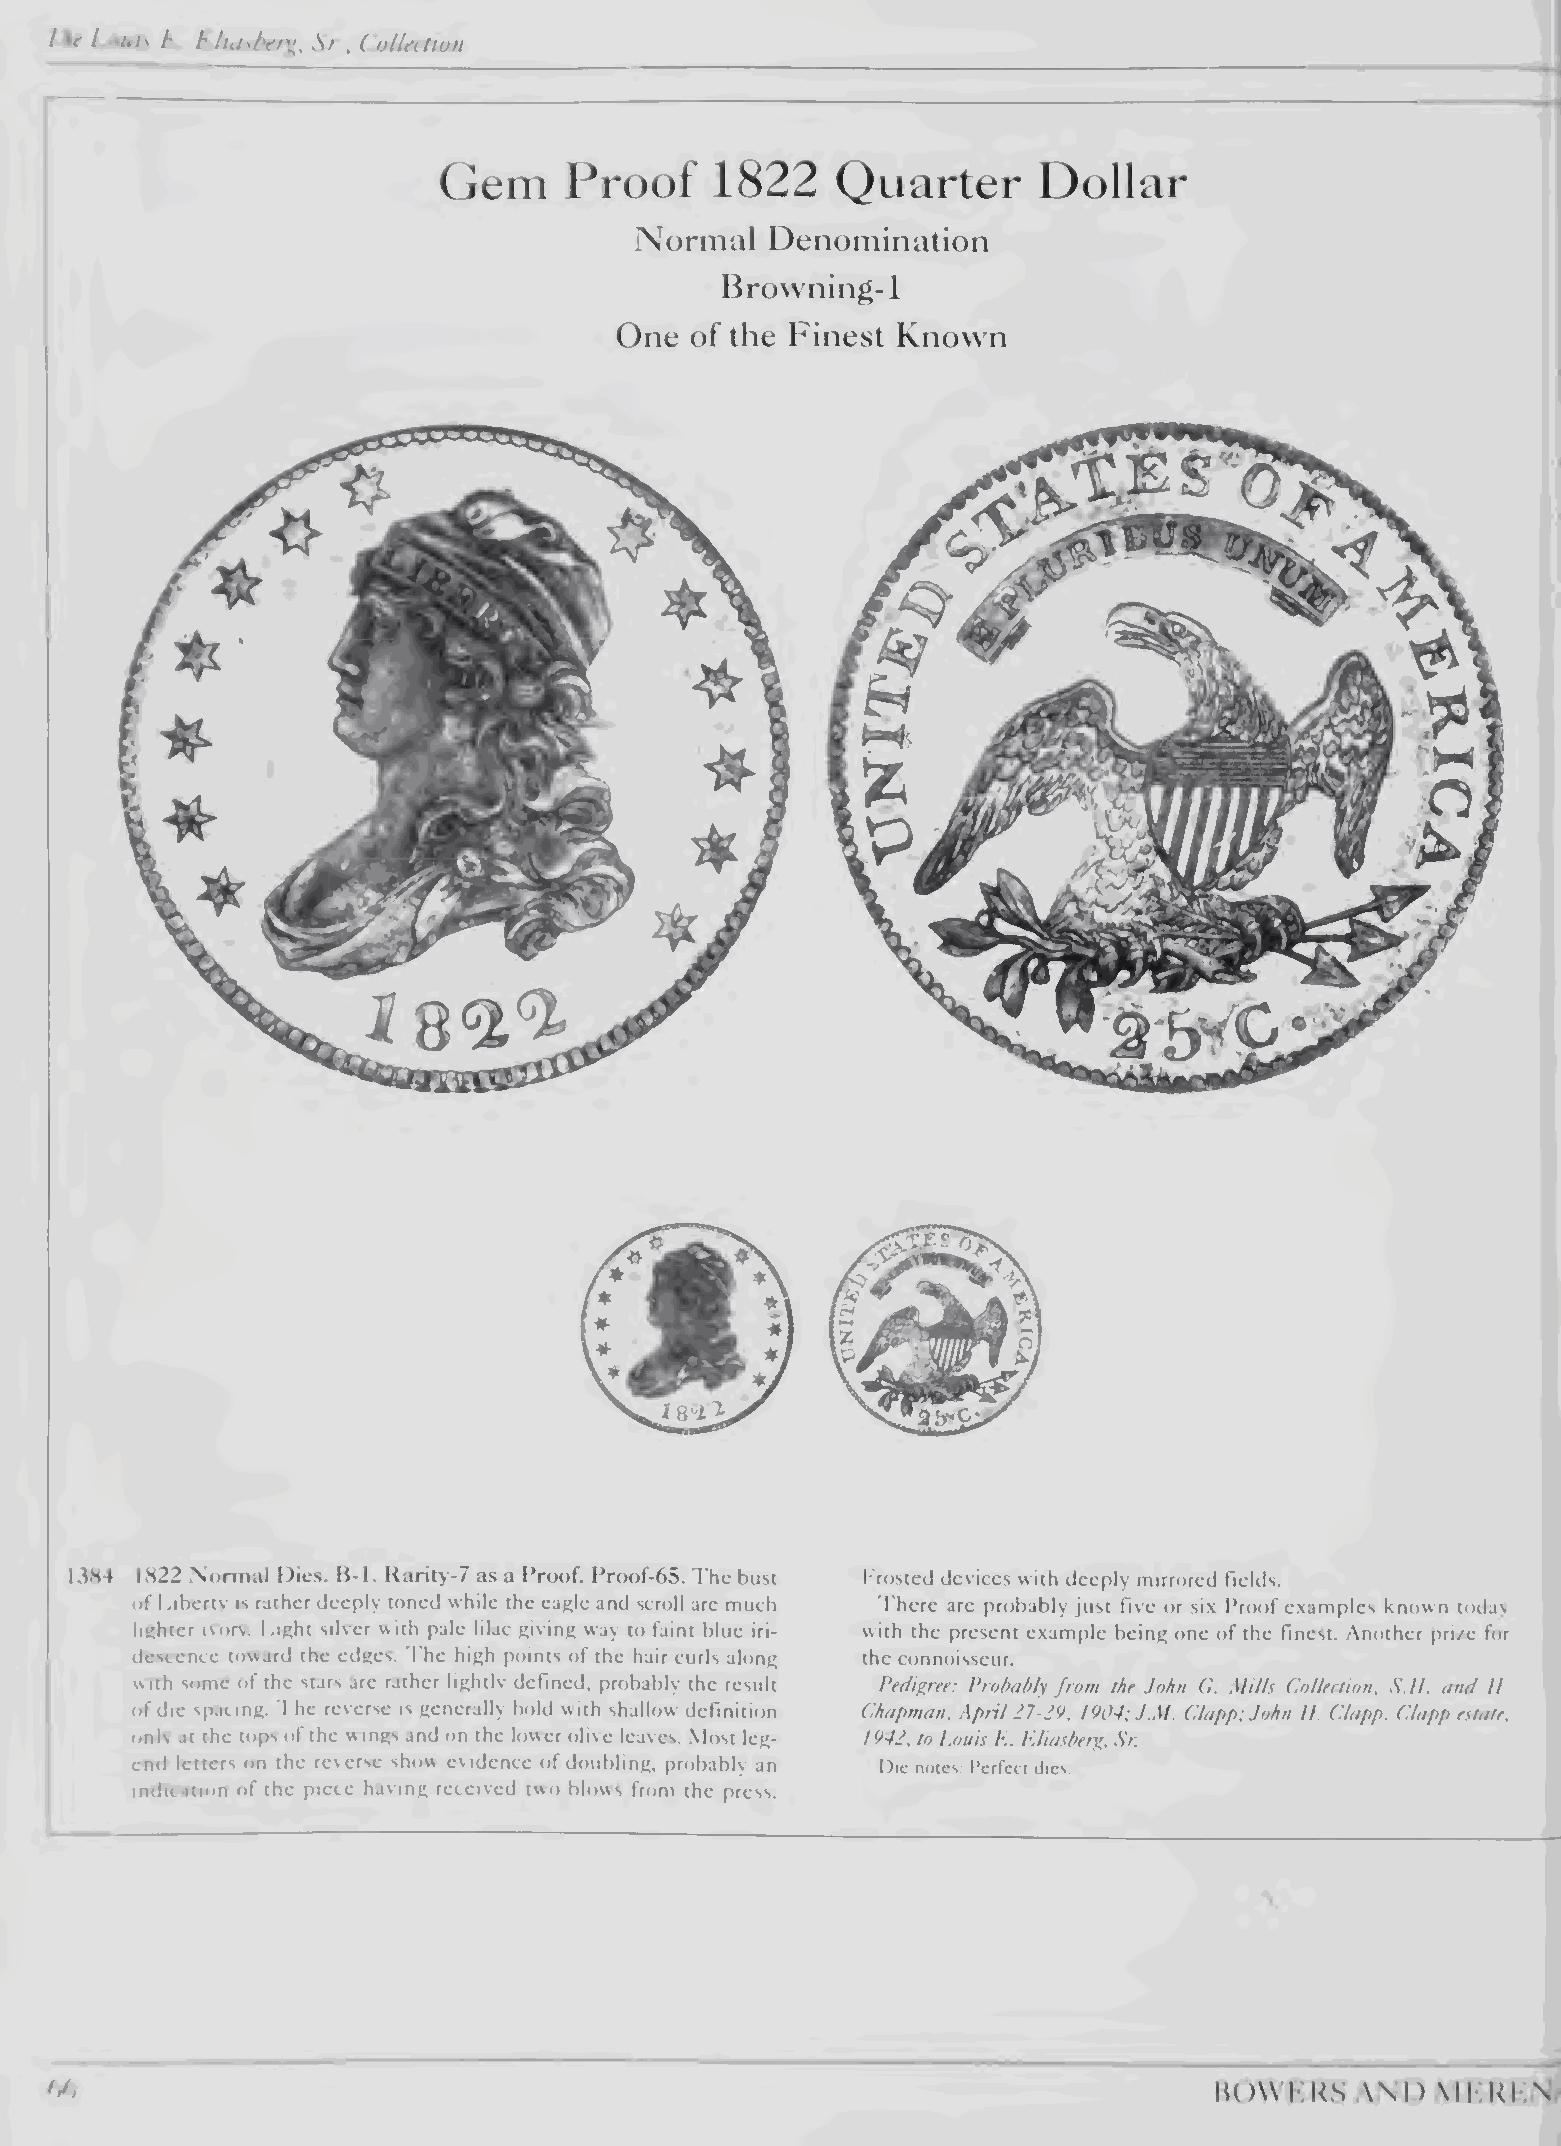
Ihf l.oHis t.. h.ltasbt'f'^, Sr., ColUction
 (jem     Proof    1822    Quarter       Dollar
 Normal   Denomination
 Browning-1
 One  of the Finest Known
 1384 1822 Normal Dies. B-1. Rarity-7 as a Pr<K)f. PrrK)f-65. The bust frosted devices with deeply mirrored fields. •
 of Liberty is rather deeply toned while the eagle and scroll are much There are probably just five or six Proof examples known today ^
 lighter ivory. Light silver with pale lilac giving way to faint blue iri¬ with the present example being one of the finest. Another prize for i
 descence toward the edges. The high points of the hair curls along the connoisseur.           |
 with vime of the stars arc rather lightly defined, probably the result Pfdtgrre: Probably from the John G. Mills Collection, S.H. and //.
 of die spacing. The reverse is generally bold with shallow definition Chapman, April 27-29, 1904; J.M. Clapp; John H. Clapp. Clapp estate,
 only at the tops of the wings and on the lower olive leaves. Most leg¬ 1942, to Louis E. Eliasber^, Sr.
 end letters on the reverse show evidence of doubling, probably an Hie notes; Perfect dies.
 indication of the piece having received two blows from the press.
 S
 \
 hOWKKSANDMKKKN.^
 ^
 ^
 ^